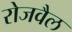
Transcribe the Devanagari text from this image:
रोजवैल